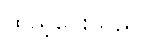
ထည့်ပေးသည်